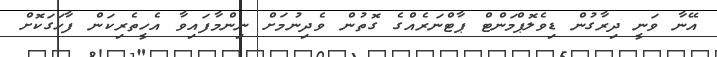
އޭނާ ވަނީ ދިރާގުން ޑިވެލޮޕްމަންޓް ޕާޓްނަރެއްގެ ގޮތުން ވެދިނުމަށް ނިންމާފައިވާ އެހީތެރިކަން ފާހަގަކޮށް